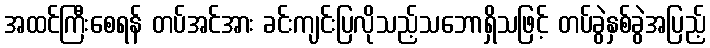
အထင်ကြီးစေရန် တပ်အင်အား ခင်းကျင်းပြလိုသည့်သဘောရှိသဖြင့် တပ်ခွဲနှစ်ခွဲအပြည့်